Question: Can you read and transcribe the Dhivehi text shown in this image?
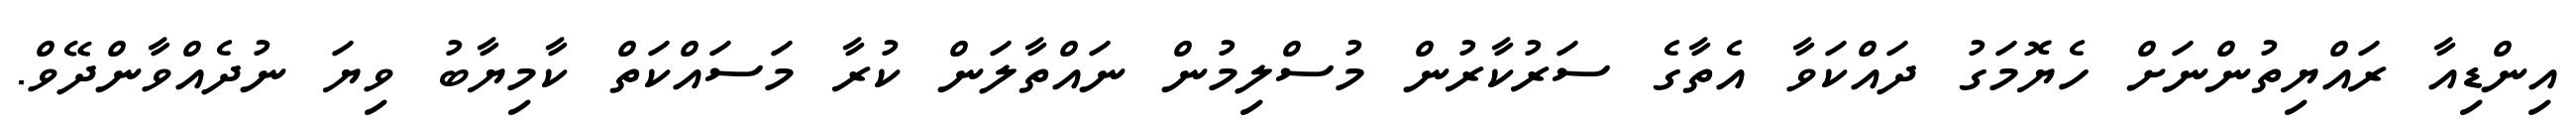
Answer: އިންޑިއާ ރައްޔިތުންނަށް ހެޔޮމަގު ދައްކަވާ އެތާގެ ސަރުކާރުން މުސްލިމުން ނައްތާލަން ކުރާ މަސައްކަތް ކާމިޔާބު ވިޔަ ނުދެއްވާންދޭވް.